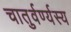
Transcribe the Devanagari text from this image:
चातुर्वर्ण्यस्य